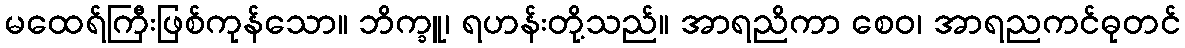
မထေရ်ကြီးဖြစ်ကုန်သော။ ဘိက္ခူ၊ ရဟန်းတို့သည်။ အာရညိကာ စေဝ၊ အာရညကင်ဓုတင်